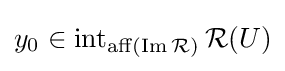
y_{0}\in \operatorname {int} _{\operatorname {aff} (\operatorname {Im} {\mathcal {R}})}{\mathcal {R}}(U)